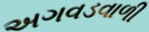
અગવડવાળી